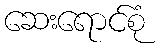
ဆေးရောင်စုံ